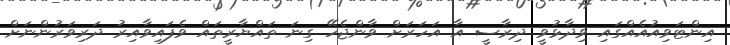
އިންޓަވިއުއެއްގައި ވިދާޅުވީ ދިރާސީ އާ އަހަރަށް ވާންޖެހޭ ގިނަ ތައްޔާރީތައް ވެފައިވާއިރު ދަރިވަރުންނަށް